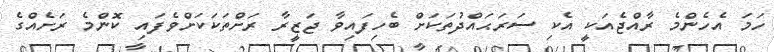
ހަމަ އެހެންމެ ރާއްޖެއަކީ އެކި ސަރަޙައްދުތަކަށް ބެހިފައިވާ ޖަޒީރާ ރަށްތަކަކަށްވެފައި ކޮންމެ ރަށެއްގެ